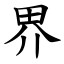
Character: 界